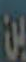
بن